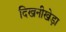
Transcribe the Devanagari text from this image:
दिखनीखेड़ा